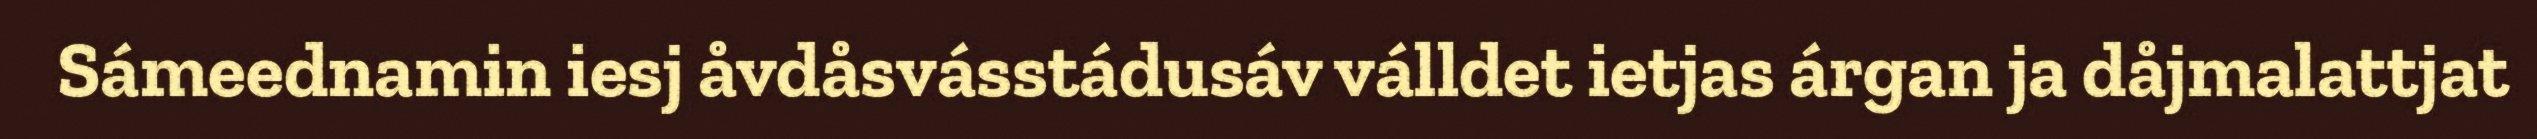
Sámeednamin iesj åvdåsvásstádusáv válldet ietjas árgan ja dåjmalattjat